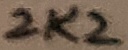
Text: 2K2